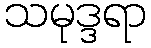
သမုဒ္ဒရာ